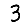
Digit: 3